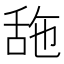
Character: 𦧓